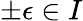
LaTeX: \pm\epsilon\in I